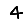
Digit: 4